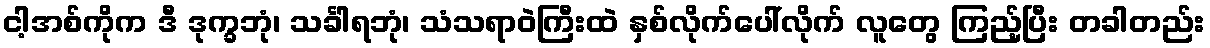
ငါ့အစ်ကိုက ဒီ ဒုက္ခဘုံ၊ သင်္ခါရဘုံ၊ သံသရာဝဲကြီးထဲ နှစ်လိုက်ပေါ်လိုက် လူတွေ ကြည့်ပြီး တခါတည်း